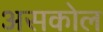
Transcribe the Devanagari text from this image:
असकोल